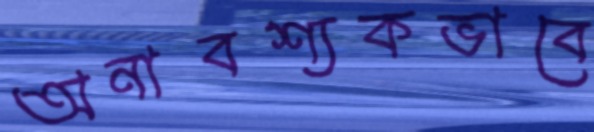
অনাবশ্যকভাবে